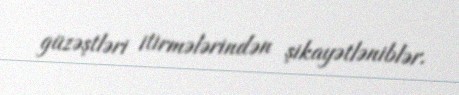
güzəştləri itirmələrindən şikayətləniblər.